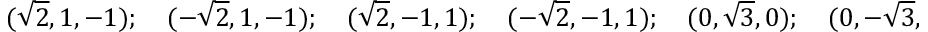
( { \sqrt { 2 } } , 1 , - 1 ) ; \quad ( - { \sqrt { 2 } } , 1 , - 1 ) ; \quad ( { \sqrt { 2 } } , - 1 , 1 ) ; \quad ( - { \sqrt { 2 } } , - 1 , 1 ) ; \quad ( 0 , { \sqrt { 3 } } , 0 ) ; \quad ( 0 , - { \sqrt { 3 } } , 0 ) .